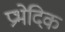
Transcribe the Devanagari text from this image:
प्रभेदिक